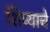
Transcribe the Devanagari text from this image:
शिप्याचे